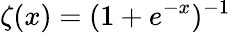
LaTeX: \zeta(x)=(1+e^{-x})^{-1}